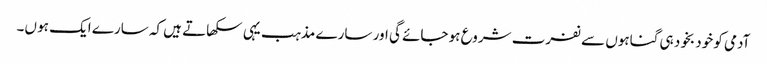
آدمی کو خود بخود ہی گناہوں سے نفرت شروع ہو جائے گی اور سارے مذہب یہی سکھاتے ہیں کہ سارے ایک ہو ں۔